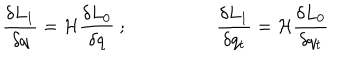
LaTeX: { \frac { \delta L _ { 1 } } { \delta q } } = { \cal H } { \frac { \delta L _ { 0 } } { \delta q } } ~ ; ~ { \frac { \delta L _ { 1 } } { \delta q _ { t } } } = { \cal H } { \frac { \delta L _ { 0 } } { \delta q _ { t } } } \nonumber